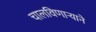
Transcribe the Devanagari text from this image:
चालविणाऱ्याने